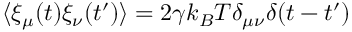
\langle \xi _ { \mu } ( t ) \xi _ { \nu } ( t ^ { \prime } ) \rangle = 2 \gamma k _ { B } T \delta _ { \mu \nu } \delta ( t - t ^ { \prime } )